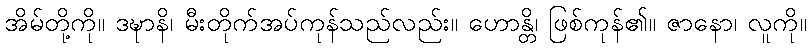
အိမ်တို့ကို။ ဒဍ္ဎာနိ၊ မီးတိုက်အပ်ကုန်သည်လည်း။ ဟောန္တိ၊ ဖြစ်ကုန်၏။ ဇာနော၊ လူကို။